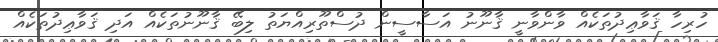
ހުރިހާ ޤަވާޢިދުތަކެއް ވާންވާނީ ޤާނޫނު އަސާސީން ދުސްތޫރިއްޔަތު ލިބޭ ޤާނޫނުތަކެއް އަދި ޤަވާޢިދުތަކެއް